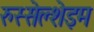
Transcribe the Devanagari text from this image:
रुस्सेल्शेइम